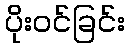
ပိုးဝင်ခြင်း